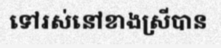
ទៅរស់នៅខាងស្រីបាន